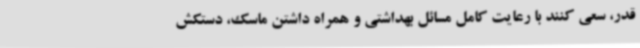
قدر، سعی کنند با رعایت کامل مسائل بهداشتی و همراه داشتن ماسک، دستکش